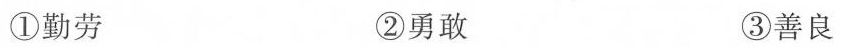
①勤劳 ②勇敢 ③善良